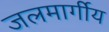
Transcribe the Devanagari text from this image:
जलमार्गीय